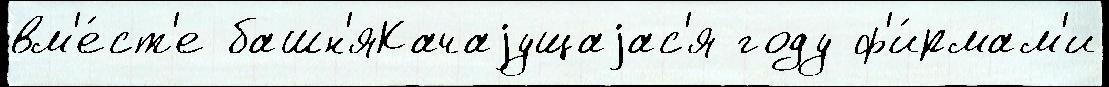
вм'е́ст'е башн'яКачаjущаjас'я году ф'и́рмам'и